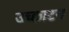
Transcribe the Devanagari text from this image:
उच्छाटन